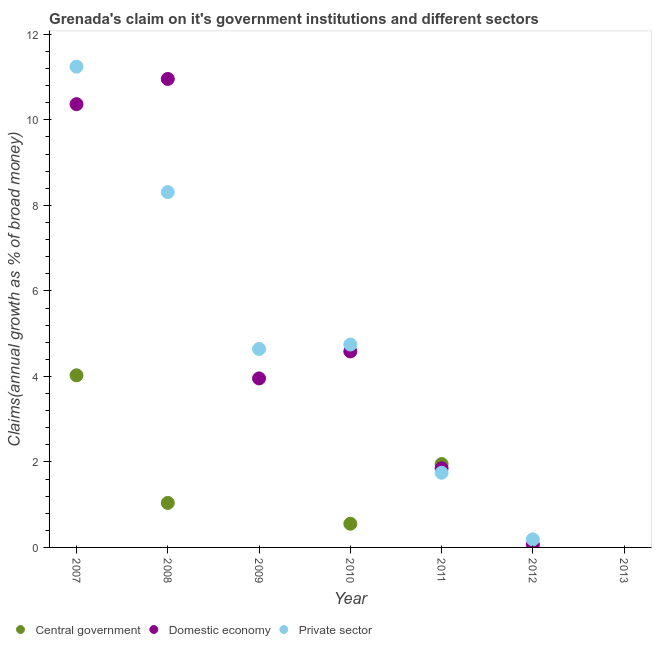
| Year | Central government | Domestic economy | Private sector |
 | --- | --- | --- | --- |
 | 2007 | 4.03 | 10.4 | 11.2 |
 | 2008 | 1.04 | 11 | 8.31 |
 | 2009 | -1.24 | 3.95 | 4.64 |
 | 2010 | 0.554 | 4.58 | 4.75 |
 | 2011 | 1.95 | 1.85 | 1.75 |
 | 2012 | -2.06 | 0.0691 | 0.188 |
 | 2013 | -2.8 | -5.52 | -5.01 |